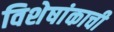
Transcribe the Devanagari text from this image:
विशेषांकाची